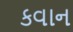
કવાન